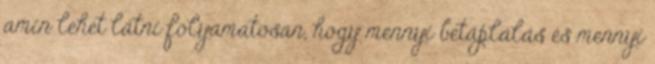
amin lehet látni folyamatosan, hogy mennyi betáplálás és mennyi